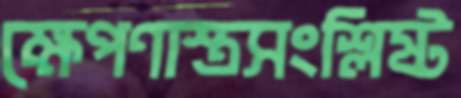
ক্ষেপণাস্ত্রসংশ্লিষ্ট